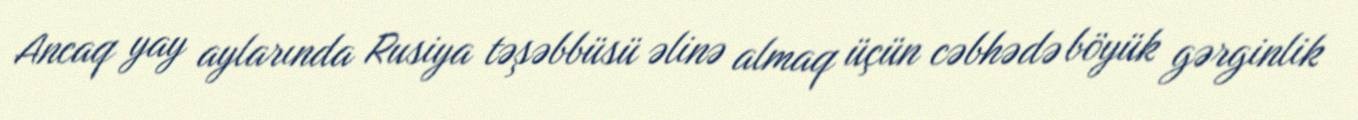
Ancaq yay aylarında Rusiya təşəbbüsü əlinə almaq üçün cəbhədə böyük gərginlik